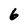
Character: 6